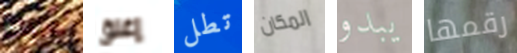
دمائنا إغلق تطل المكان يبدو رقمها